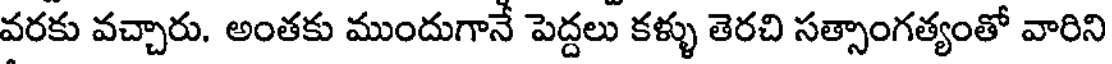
వరకు వచ్చారు. అంతకు ముందుగానే పెద్దలు కళ్ళు తెరచి సత్సాంగత్యంతో వారిని